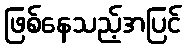
ဖြစ်နေသည့်အပြင်